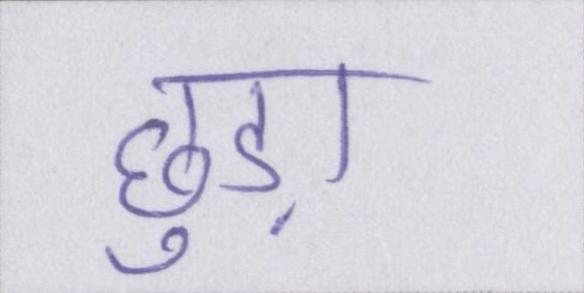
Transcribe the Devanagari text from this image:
छुड़ा